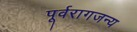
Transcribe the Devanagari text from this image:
पूर्वरागजन्य